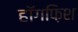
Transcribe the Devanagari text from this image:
हॉगफ़िश